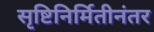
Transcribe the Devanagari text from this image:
सृष्टिनिर्मितीनंतर